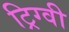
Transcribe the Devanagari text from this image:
ट्रिग्वी